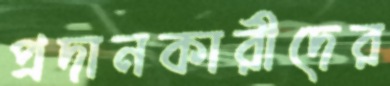
প্রদানকারীদের